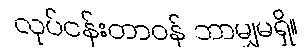
လုပ်ငန်းတာဝန် ဘာမျှမရှိ။